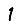
Digit: 1